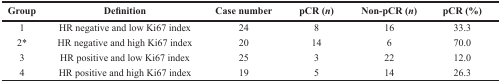
| Group | Definition | Case number | pCR (n) | Non-pCR (n) | pCR (%) |
 | --- | --- | --- | --- | --- | --- |
 | 1 | HR negative and low Ki67 index | 24 | 8 | 16 | 33.3 |
 | 2* | HR negative and high Ki67 index | 20 | 14 | 6 | 70.0 |
 | 3 | HR positive and low Ki67 index | 25 | 3 | 22 | 12.0 |
 | 4 | HR positive and high Ki67 index | 19 | 5 | 14 | 26.3 |